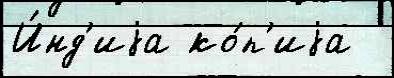
И́нд'иjа ко́п'иjа